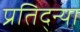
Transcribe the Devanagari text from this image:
प्रतिद्न्या